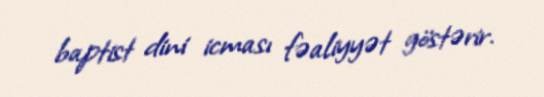
baptist dini icması fəaliyyət göstərir.